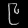
Digit: ၉